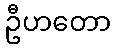
ဦဟတော